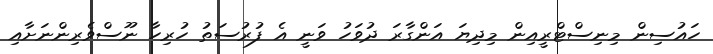
ހައުސިން މިނިސްޓްރީއިން މިދިޔަ އަންގާރަ ދުވަހު ވަނީ އެ ފުރުސަތު ހުރިހާ ނޫސްވެރިންނަށާއި